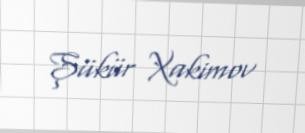
Şükür Xakimov